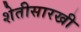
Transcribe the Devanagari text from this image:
शेतीसारखी